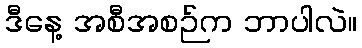
ဒီနေ့ အစီအစဉ်က ဘာပါလဲ။